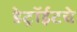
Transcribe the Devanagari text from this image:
डेट्रॉईटचे